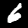
Digit: 6